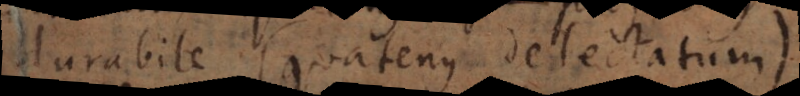
durabile (quatenus delectatum)